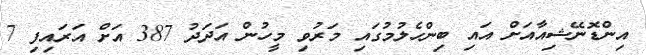
އިންޑޮނޭޝިއާއަށް އައި ބިންހެލުމުގައި މަރުވި މީހުން އަދަދު 387 އަށް އަރައިފި 7